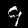
Digit: 9